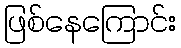
ဖြစ်နေကြောင်း